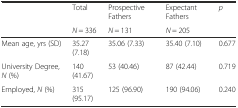
<table><thead><tr><td rowspan="2"></td><td><b>Total</b></td><td><b>Prospective Fathers</b></td><td><b>Expectant Fathers</b></td><td rowspan="2"><b><i>p</i></b></td></tr><tr><td><b><i>N</i> = 336</b></td><td><b><i>N</i> = 131</b></td><td><b><i>N</i> = 205</b></td></tr></thead><tbody><tr><td>Mean age, yrs (SD)</td><td>35.27 (7.18)</td><td>35.06 (7.33)</td><td>35.40 (7.10)</td><td>0.677</td></tr><tr><td>University Degree, <i>N</i> (%)</td><td>140 (41.67)</td><td>53 (40.46)</td><td>87 (42.44)</td><td>0.719</td></tr><tr><td>Employed, <i>N</i> (%)</td><td>315 (95.17)</td><td>125 (96.90)</td><td>190 (94.06)</td><td>0.240</td></tr></tbody></table>